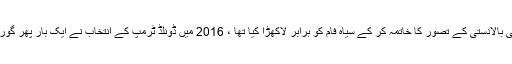
1862 میں ابراہم لنکن نے جس گورے کی بالادستی کے تصور کا خاتمہ کر کے سیاہ فام کو برابر لاکھڑا کیا تھا ، 2016 میں ڈونلڈ ٹرمپ کے انتخاب نے ایک بار پھر گوروں کو امریکہ فتح کرنے کا موقع دے دیا۔